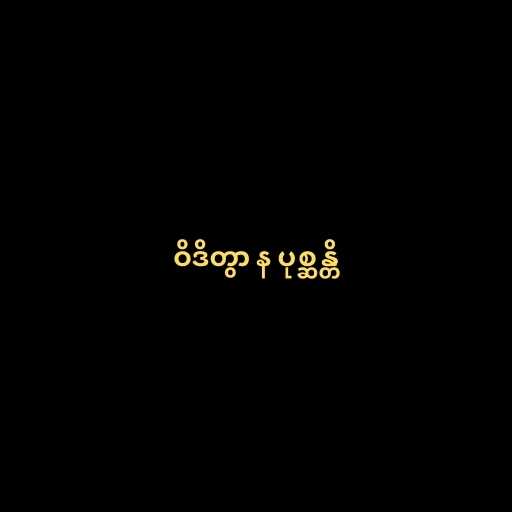
ဝိဒိတွာ န ပုစ္ဆန္တိ